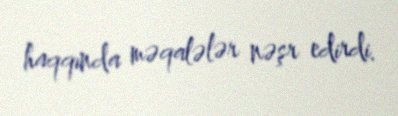
haqqında məqalələr nəşr edirdi.